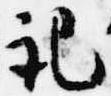
記